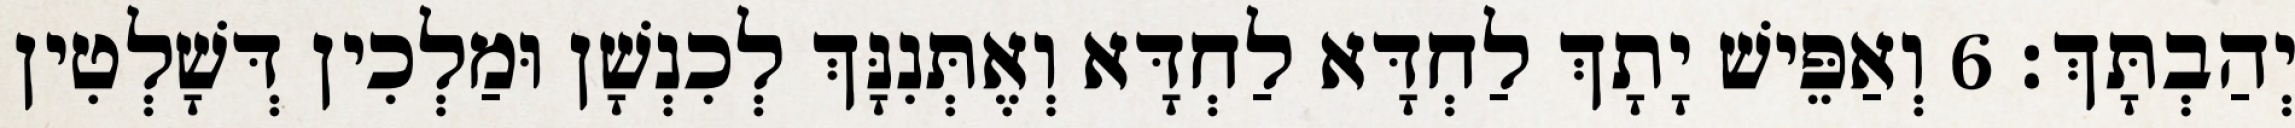
יְהַבְתָּךְ׃ 6 וְאַפֵּישׁ יָתָךְ לַחְדָּא לַחְדָּא וְאֶתְּנִנָּךְ לְכִנְשָׁן וּמַלְכִין דְּשָׁלְטִין